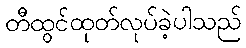
တီထွင်ထုတ်လုပ်ခဲ့ပါသည်